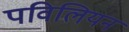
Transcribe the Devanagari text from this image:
पविलियन